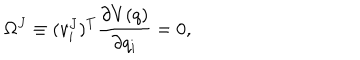
\Omega ^ { J } \equiv ( v _ { i } ^ { J } ) ^ { T } \frac { \partial V ( q ) } { \partial q _ { i } } = 0 ,